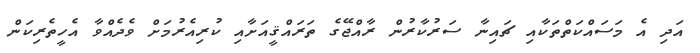
އަދި އެ މަސައްކަތްތަކާއި ޗައިނާ ސަރުކާރުން ރާއްޖޭގެ ތަރައްޤީއަށާއި ކުރިއެރުމަށް ވެދެއްވާ އެހީތެރިކަން